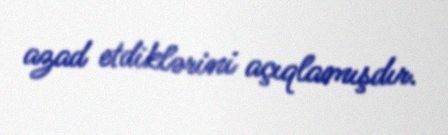
azad etdiklərini açıqlamışdır.